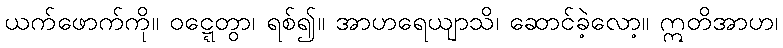
ယက်ဖောက်ကို။ ဝဋ္ဋေတွာ၊ ရစ်၍။ အာဟရေယျာသိ၊ ဆောင်ခဲ့လော့။ ဣတိအာဟ၊